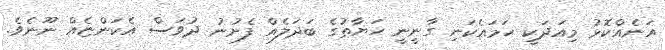
އަނެއްކޮޅު މިއަދަކީ ހަމައެކަނި ގާނީނީ ހަޔާތުގެ ބަދަލެއް ފެށުނު ދުވަސް އެކަންޏެއް ނޫނެވެ.